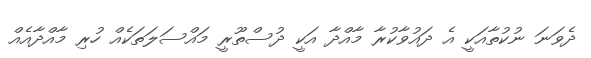
ދެވަނަ ނުކުތާއަކީ އެ ދައުވާކުރާ މާއްދާ އަކީ ދުސްތޫރީ މައްސަލަތަކެއް ހުރި މާއްދާއެއް